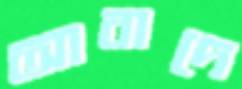
আবাদে